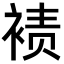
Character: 𫌀